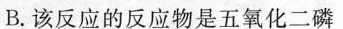
B.该反应的反应物是五氧化二磷